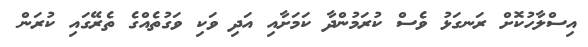
އިސްލާހުކޮށް ރަނގަޅު ވެސް ކުރަމުންދާ ކަމަށާއި އަދި ވަކި ވަގުތެއްގެ ތެރޭގައި ކުރަން